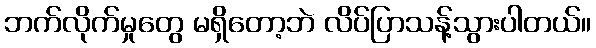
ဘက်လိုက်မှုတွေ မရှိတော့ဘဲ လိပ်ပြာသန့်သွားပါတယ်။